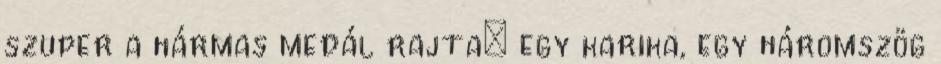
szuper a hármas medál rajta: egy karika, egy háromszög